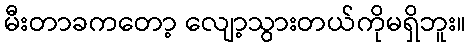
မီးတာခကတော့ လျော့သွားတယ်ကိုမရှိဘူး။